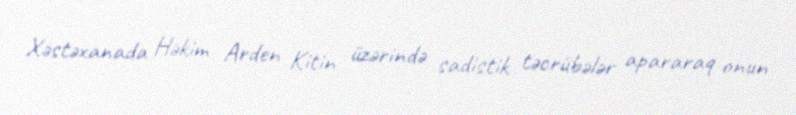
Xəstəxanada Həkim Arden Kitin üzərində sadistik təcrübələr apararaq onun